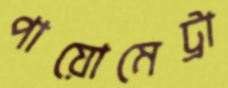
পায়োমেট্রা